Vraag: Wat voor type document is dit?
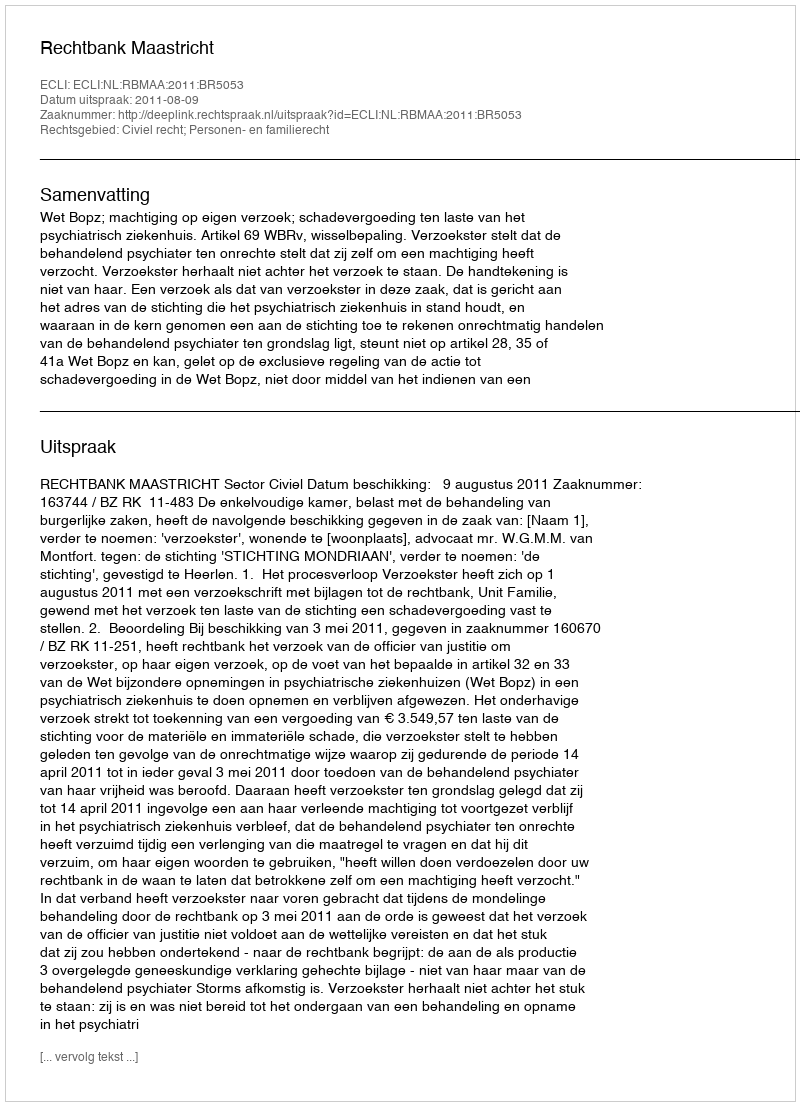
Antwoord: Uitspraak